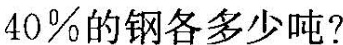
40\%的钢各多少吨?